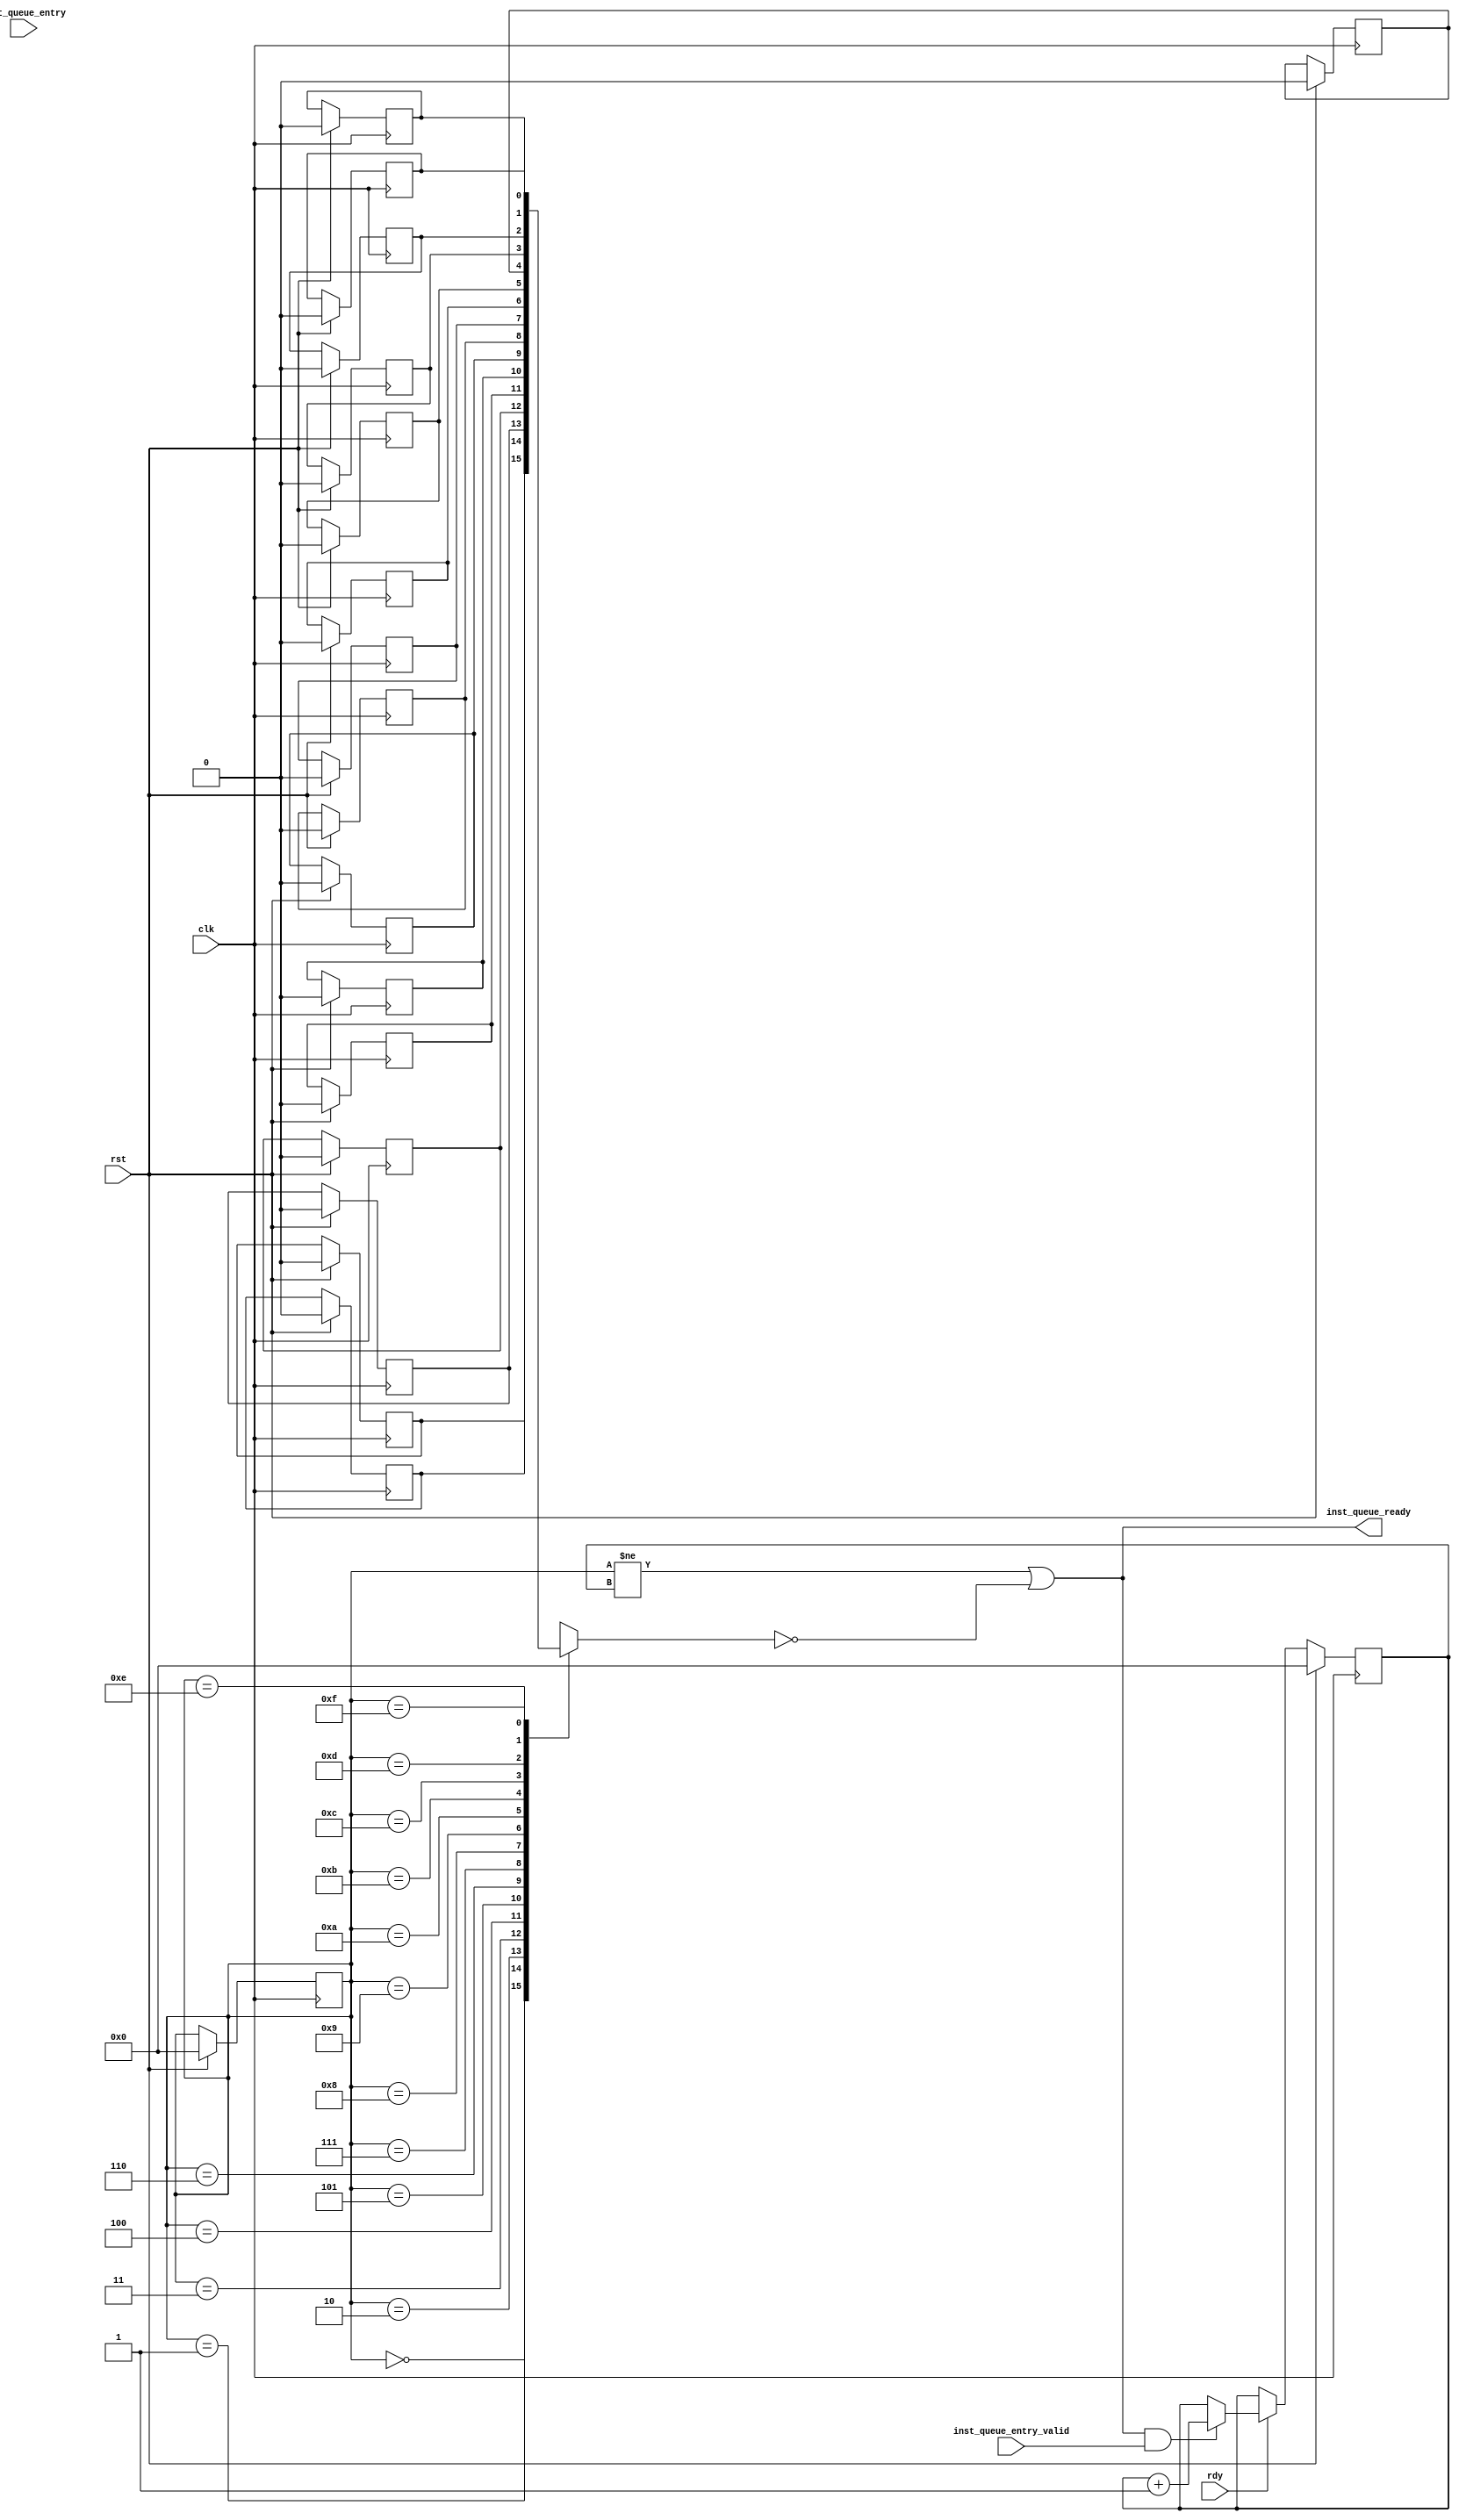
module InstructionQueue #(
    parameter INST_WIDTH = 32,
    parameter ADDR_WIDTH = 17,
    parameter OPCODE_WIDTH = 7,
    parameter REG_NUM_WIDTH = 5,
    parameter IMM_WIDTH = 32,
    parameter QUEUE_ADDR_WIDTH = 4
  )(
    // cpu status
    input wire clk,
    input wire rst,
    input wire rdy,

    // to instruction unit
    input wire inst_queue_entry_valid,
    input wire [ADDR_WIDTH+INST_WIDTH-1:0] inst_queue_entry,
    output wire inst_queue_ready

    // to scoreboard
  );

  localparam QUEUE_SIZE = 2**QUEUE_ADDR_WIDTH;

  localparam OPCODE_LUI   = 7'b0110111;
  localparam OPCODE_AUIPC = 7'b0010111;
  localparam OPCODE_JAL   = 7'b1101111;
  localparam OPCODE_JALR  = 7'b1100111;
  localparam OPCODE_BRANCH     = 7'b1100011;
  localparam OPCODE_LOAD = 7'b0000011;
  localparam OPCODE_STORE = 7'b0100011;
  localparam OPCODE_ARITHI = 7'b0010011;
  localparam OPCODE_ARITH = 7'b0110011;

  reg [ADDR_WIDTH-1:0] addr[QUEUE_SIZE-1:0]; // program counter
  reg [OPCODE_WIDTH-1:0] opcode[QUEUE_SIZE-1:0]; // opcode
  reg [REG_NUM_WIDTH-1:0] rs1[QUEUE_SIZE-1:0]; // rs1 number
  reg [REG_NUM_WIDTH-1:0] rs2[QUEUE_SIZE-1:0]; // rs2 number
  reg [REG_NUM_WIDTH-1:0] rd[QUEUE_SIZE-1:0]; // rd number
  reg [IMM_WIDTH-1:0] imm[QUEUE_SIZE-1:0]; // immediate value

  reg valid[QUEUE_SIZE-1:0]; // whether the entry is valid
  reg [QUEUE_ADDR_WIDTH-1:0] head;
  reg [QUEUE_ADDR_WIDTH-1:0] tail;

  integer i;

  wire [OPCODE_WIDTH-1:0] inst_queue_entry_opcode;
  wire [2:0] inst_queue_entry_tag;
  wire inst_queue_entry_imm_high;

  assign inst_queue_ready = (head != tail) || !valid[head];
  assign inst_queue_entry_opcode = inst_queue_entry[OPCODE_WIDTH-1:0];
  assign inst_queue_entry_rs1 = inst_queue_entry[19:5];
  assign inst_queue_entry_rs2 = inst_queue_entry[24:20];
  assign inst_queue_entry_rd = inst_queue_entry[11:7];
  assign inst_queue_entry_tag = inst_queue_entry[OPCODE_WIDTH+REG_NUM_WIDTH+2:OPCODE_WIDTH+REG_NUM_WIDTH];
  assign inst_queue_entry_imm_high = inst_queue_entry[OPCODE_WIDTH-1];

  always @(posedge clk) begin
    if (rst) begin
      head <= 0;
      tail <= 0;
      for (i = 0; i < QUEUE_SIZE; i = i + 1) begin
        addr[i] <= 0;
        opcode[i] <= 0;
        rs1[i] <= 0;
        rs2[i] <= 0;
        rd[i] <= 0;
        imm[i] <= 0;
        valid[i] <= 0;
      end
    end
    else if (rdy) begin
      if (inst_queue_ready && inst_queue_entry_valid) begin
        tail <= tail + 1'b1;
        addr[tail] <= inst_queue_entry[ADDR_WIDTH+INST_WIDTH-1:INST_WIDTH];
        opcode[tail] <= inst_queue_entry_opcode;
        rs1[tail] <= inst_queue_entry_rs1;
        rs2[tail] <= inst_queue_entry_rs2;
        rd[tail] <= inst_queue_entry_rd;
        case (inst_queue_entry_opcode)
          OPCODE_LUI, OPCODE_AUIPC: begin
            imm[tail] <= {inst_queue_entry[31:12], 12'b0};
          end
          OPCODE_JAL: begin
            imm[tail] <= {{11{inst_queue_entry_imm_high}}, inst_queue_entry[31], inst_queue_entry[19:12], inst_queue_entry[20], inst_queue_entry[30:21], 1'b0};
          end
          OPCODE_JALR: begin
            imm[tail] <= {{20{inst_queue_entry_imm_high}}, inst_queue_entry[31:20]};
          end
          OPCODE_BRANCH: begin
            imm[tail] <= {{19{inst_queue_entry_imm_high}}, inst_queue_entry[31], inst_queue_entry[7], inst_queue_entry[30:25], inst_queue_entry[11:8], 1'b0};
          end
          OPCODE_LOAD: begin
            imm[tail] <= {{20{inst_queue_entry_imm_high}}, inst_queue_entry[31:20]};
          end
          OPCODE_STORE: begin
            imm[tail] <= {{20{inst_queue_entry_imm_high}}, inst_queue_entry[31:25], inst_queue_entry[11:7]};
          end
          OPCODE_ARITHI: begin
            imm[tail] <= {{20{inst_queue_entry_imm_high}}, inst_queue_entry[31:20]};
          end
          OPCODE_ARITH: begin
            imm[tail] <= 0;
          end
        endcase
      end
    end
  end


endmodule